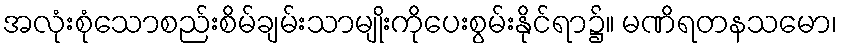
အလုံးစုံသောစည်းစိမ်ချမ်းသာမျိုးကိုပေးစွမ်းနိုင်ရာ၌။ မဏိရတနသမော၊